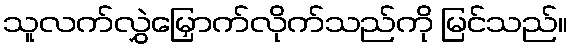
သူလက်လွှဲမြှောက်လိုက်သည်ကို မြင်သည်။